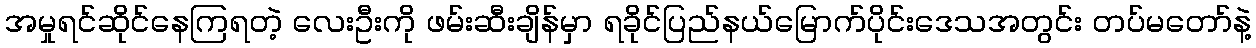
အမှုရင်ဆိုင်နေကြရတဲ့ လေးဦးကို ဖမ်းဆီးချိန်မှာ ရခိုင်ပြည်နယ်မြောက်ပိုင်းဒေသအတွင်း တပ်မတော်နဲ့